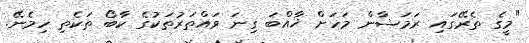
"މީގެ ތެރޭގައި ރަމަޟާން މަހަށް ޚާއްބަ ގިނަ ވައްތަރުތަކުގެ ކާބޯ ތަކެތި ހިމެނޭ.